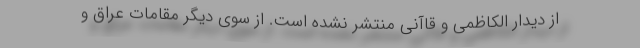
از دیدار الکاظمی و قاآنی منتشر نشده است. از سوی دیگر مقامات عراق و